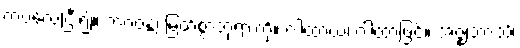
ကပ်လေပြီး၍။ ဘဂဝန္တံ၊ မြတ်စွာဘုရားကို။ ဂါထာယ၊ ဂါထာဖြင့်။ အဇ္ဈဘာသိ၊